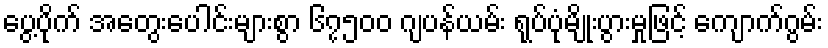
ပွေ့ပိုက် အတွေးပေါင်းများစွာ ၆၇၅၀၀ ဂျပန်ယမ်း ရုပ်ပုံမျိုးပွားမှုဖြင့် ကျောက်ဂွမ်း